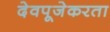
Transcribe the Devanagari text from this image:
देवपूजेकरता